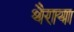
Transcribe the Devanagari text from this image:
थैराया